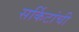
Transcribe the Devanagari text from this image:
सर्किटांची